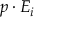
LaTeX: p \cdot E _ { i }